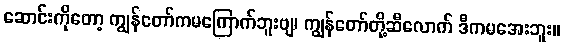
ဆောင်းကိုတော့ ကျွန်တော်ကမကြောက်ဘူးဗျ၊ ကျွန်တော်တို့ဆီလောက် ဒီကမအေးဘူး။